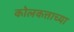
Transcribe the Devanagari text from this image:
कोलकत्ताच्या